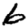
Digit: 6